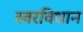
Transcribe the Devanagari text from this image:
स्वरविधान